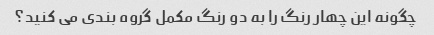
چگونه این چهار رنگ را به دو رنگ مکمل گروه بندی می کنید؟